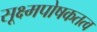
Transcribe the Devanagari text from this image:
सूक्ष्मपोषकतत्व